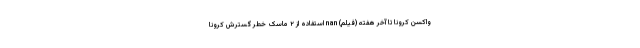
واکسن کرونا تا آخر هفته (فیلم) nan استفاده از ۲ ماسک خطر گسترش کرونا